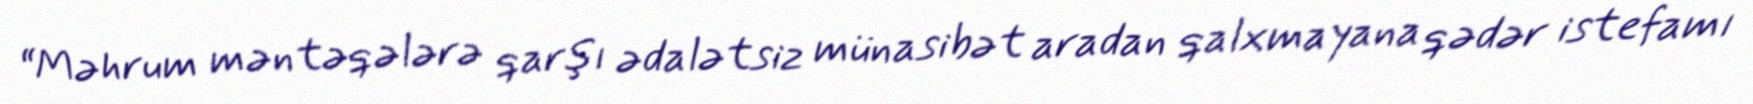
“Məhrum məntəqələrə qarşı ədalətsiz münasibət aradan qalxmayana qədər istefamı